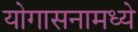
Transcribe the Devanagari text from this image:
योगासनामध्ये